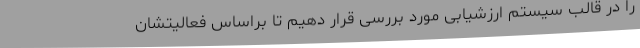
را در قالب سیستم ارزشیابی مورد بررسی قرار دهیم تا براساس فعالیتشان